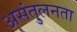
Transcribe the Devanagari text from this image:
असंतुलनता